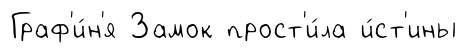
Граф'и́н'я Замок прост'и́ла и́ст'ины